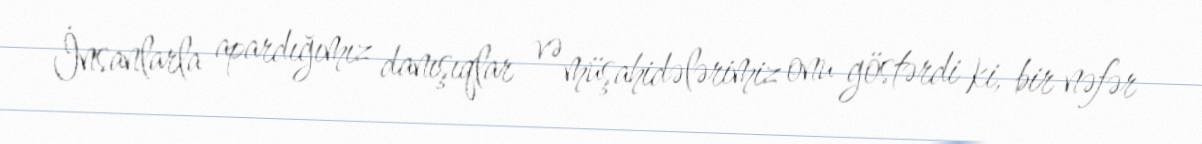
İnsanlarla apardığımız danışıqlar və müşahidələrimiz onu göstərdi ki, bir nəfər